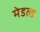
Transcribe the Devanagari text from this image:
मेडल्ड